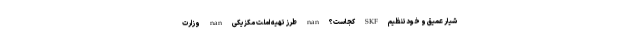
شیار عمیق و خودتنظیم SKF کجاست؟ nan طرز تهیه املت مکزیکی nan وزارت